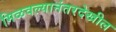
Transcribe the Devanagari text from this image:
मिळवल्यानंतरदेखील